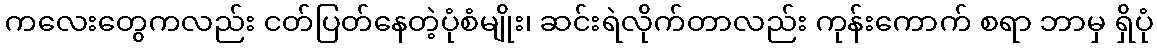
ကလေးတွေကလည်း ငတ်ပြတ်နေတဲ့ပုံစံမျိုး၊ ဆင်းရဲလိုက်တာလည်း ကုန်းကောက် စရာ ဘာမှ ရှိပုံ